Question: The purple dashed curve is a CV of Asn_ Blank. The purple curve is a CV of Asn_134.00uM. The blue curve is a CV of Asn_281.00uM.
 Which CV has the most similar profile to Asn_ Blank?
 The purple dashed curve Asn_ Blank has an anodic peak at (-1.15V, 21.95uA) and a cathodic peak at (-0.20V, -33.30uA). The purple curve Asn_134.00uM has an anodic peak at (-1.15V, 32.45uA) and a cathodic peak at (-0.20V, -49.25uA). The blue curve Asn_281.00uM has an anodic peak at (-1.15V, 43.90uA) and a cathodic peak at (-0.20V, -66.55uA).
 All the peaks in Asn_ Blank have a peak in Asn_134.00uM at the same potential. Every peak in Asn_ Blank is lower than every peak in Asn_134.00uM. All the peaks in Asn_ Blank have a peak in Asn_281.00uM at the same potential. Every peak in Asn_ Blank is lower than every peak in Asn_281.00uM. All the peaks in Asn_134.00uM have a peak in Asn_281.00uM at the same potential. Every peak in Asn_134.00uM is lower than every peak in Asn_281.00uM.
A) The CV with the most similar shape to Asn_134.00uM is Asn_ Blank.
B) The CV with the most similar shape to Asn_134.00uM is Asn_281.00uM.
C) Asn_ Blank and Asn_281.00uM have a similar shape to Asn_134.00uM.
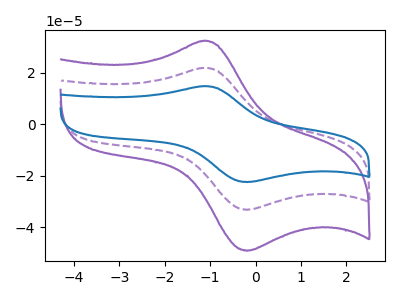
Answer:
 <answer>C) "Asn_ Blank" and "Asn_281.00uM" have a similar shape to "Asn_134.00uM".</answer>
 <eval>C</eval>